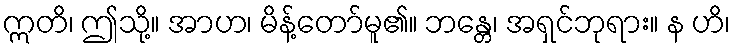
ဣတိ၊ ဤသို့။ အာဟ၊ မိန့်တော်မူ၏။ ဘန္တေ၊ အရှင်ဘုရား။ န ဟိ၊